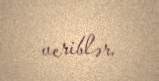
veriblər.